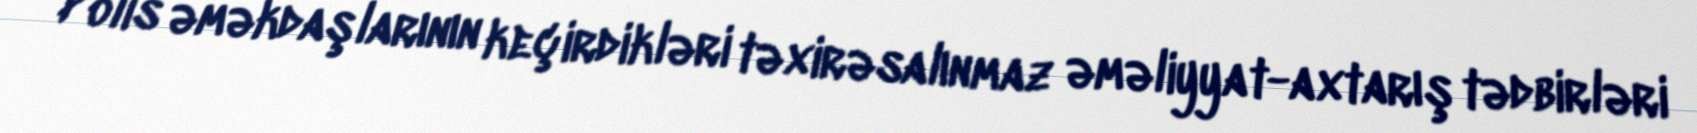
Polis əməkdaşlarının keçirdikləri təxirəsalınmaz əməliyyat-axtarış tədbirləri